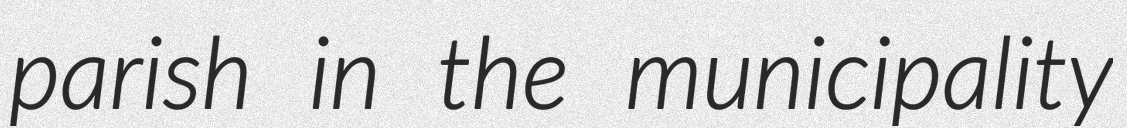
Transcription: parish in the municipality